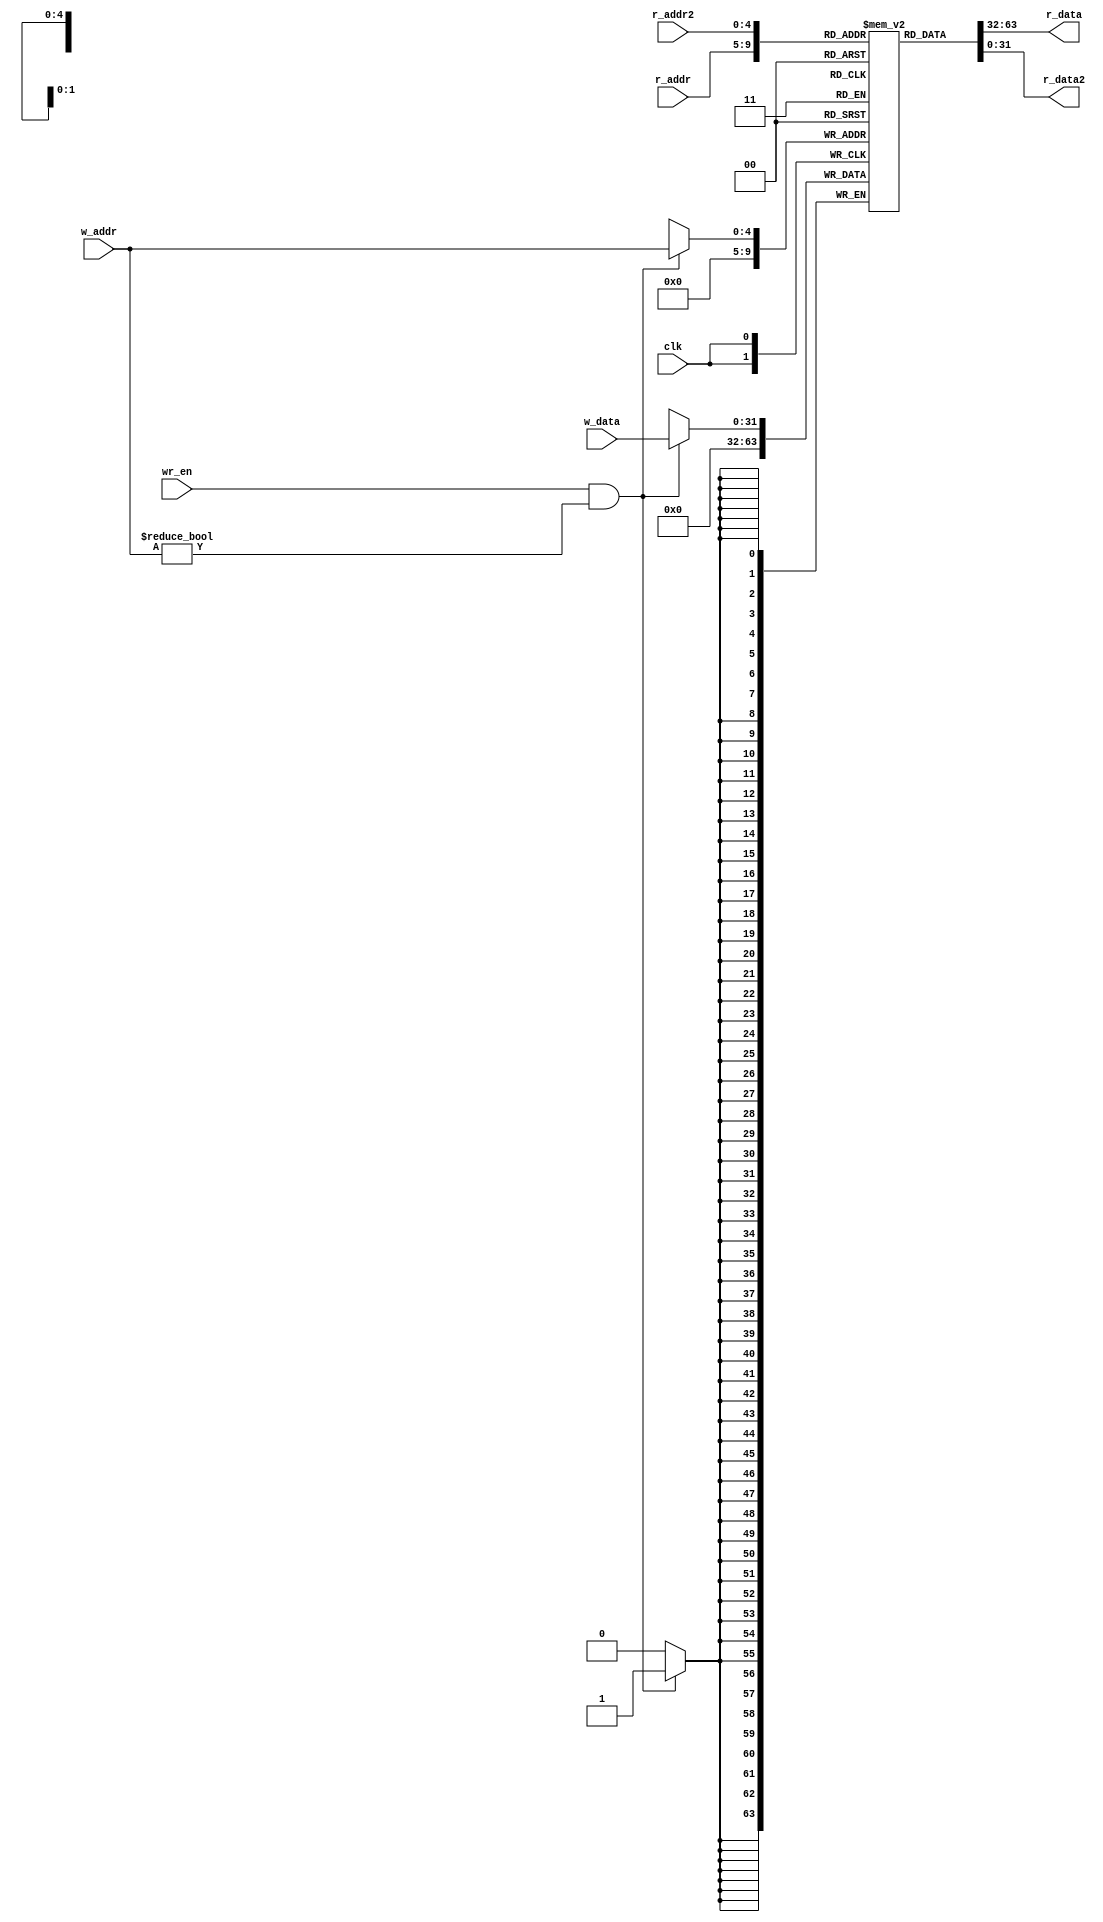
`timescale 1ns / 1ps
//////////////////////////////////////////////////////////////////////////////////
// Company: 
// 
// Design Name: 
// Module Name:    Register_File 
// Project Name: 
// Target Devices: 
// Tool versions: 
// Description: 
//
// Dependencies: 
//
// Revision: 
// Revision 0.01 - File Created
// Additional Comments: 
//
//////////////////////////////////////////////////////////////////////////////////
module Register_File
		#(
			parameter 	B = 32, // number of bits
							W = 5 // number of address bits
		)
		(
			input wire clk,
			input wire wr_en,
			input wire [W-1:0] w_addr , r_addr , r_addr2,
			input wire [B-1:0] w_data,
			output wire [B-1:0] r_data,r_data2
		);
		// signal declaration
		reg [B-1:0] array_reg [2**W-1:0] ;
		// body
		// write operation 
		always @(posedge clk)
			if (wr_en & w_addr != 5'h0) begin
				array_reg [w_addr] <= w_data;
				array_reg [5'h0] <= 32'h0;
				end
		// read operation
		assign r_data = array_reg [r_addr] ;
		assign r_data2 = array_reg [r_addr2] ;

endmodule